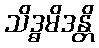
သိဒ္ဓမိဒန္တိ